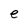
Character: e